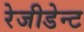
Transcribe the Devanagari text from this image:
रेजीडेन्ट